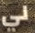
لي